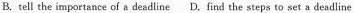
B.tell the importance of a deadline D.find the steps to set a deadline